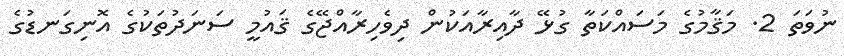
ނުވަތަ 2. މަޤާމުގެ މަސައްކަތާ ގުޅޭ ދާއިރާއަކުން ދިވެހިރާއްޖޭގެ ޤައުމީ ސަނަދުތަކުގެ އޮނިގަނޑުގެ